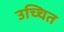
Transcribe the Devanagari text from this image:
उच्चित